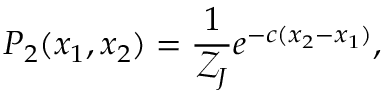
P _ { 2 } ( x _ { 1 } , x _ { 2 } ) = \frac { 1 } { \mathcal { Z } _ { J } } e ^ { - c ( x _ { 2 } - x _ { 1 } ) } ,